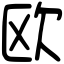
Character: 欧